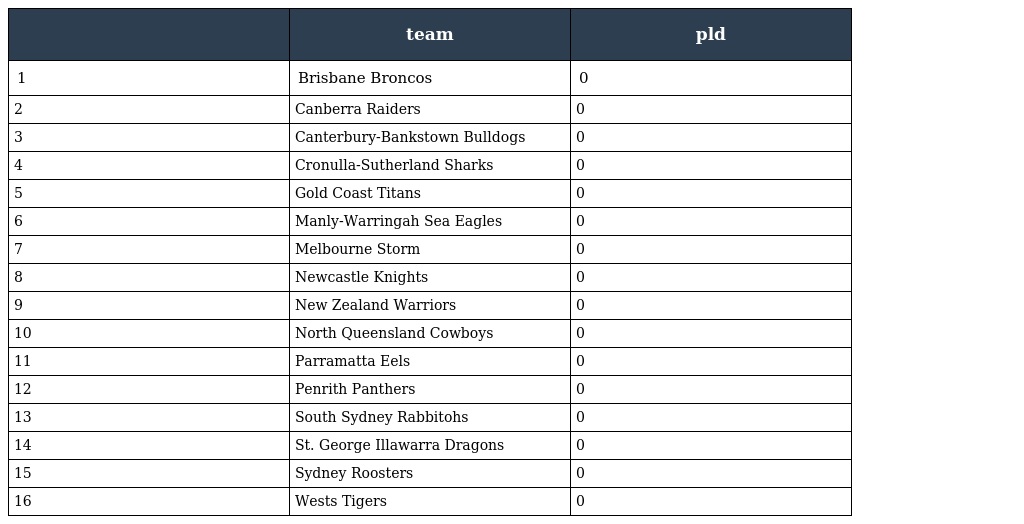
|  | team | pld |
 | --- | --- | --- |
 | 1 | Brisbane Broncos | 0 |
 | 2 | Canberra Raiders | 0 |
 | 3 | Canterbury-Bankstown Bulldogs | 0 |
 | 4 | Cronulla-Sutherland Sharks | 0 |
 | 5 | Gold Coast Titans | 0 |
 | 6 | Manly-Warringah Sea Eagles | 0 |
 | 7 | Melbourne Storm | 0 |
 | 8 | Newcastle Knights | 0 |
 | 9 | New Zealand Warriors | 0 |
 | 10 | North Queensland Cowboys | 0 |
 | 11 | Parramatta Eels | 0 |
 | 12 | Penrith Panthers | 0 |
 | 13 | South Sydney Rabbitohs | 0 |
 | 14 | St. George Illawarra Dragons | 0 |
 | 15 | Sydney Roosters | 0 |
 | 16 | Wests Tigers | 0 |